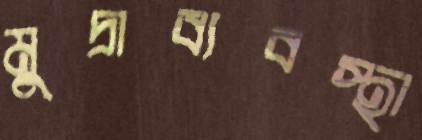
মুদ্রাব্যবস্থা